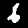
Digit: 6